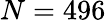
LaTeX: N=496